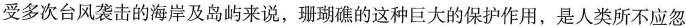
受多次台风袭击的海岸及岛屿来说，珊瑚礁的这种巨大的保护作用，是人类所不应忽